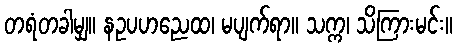
တရံတခါမျှ။ နဥပဟညေထ၊ မပျက်ရာ။ သက္က၊ သိကြားမင်း။